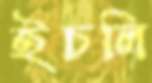
ইচলি